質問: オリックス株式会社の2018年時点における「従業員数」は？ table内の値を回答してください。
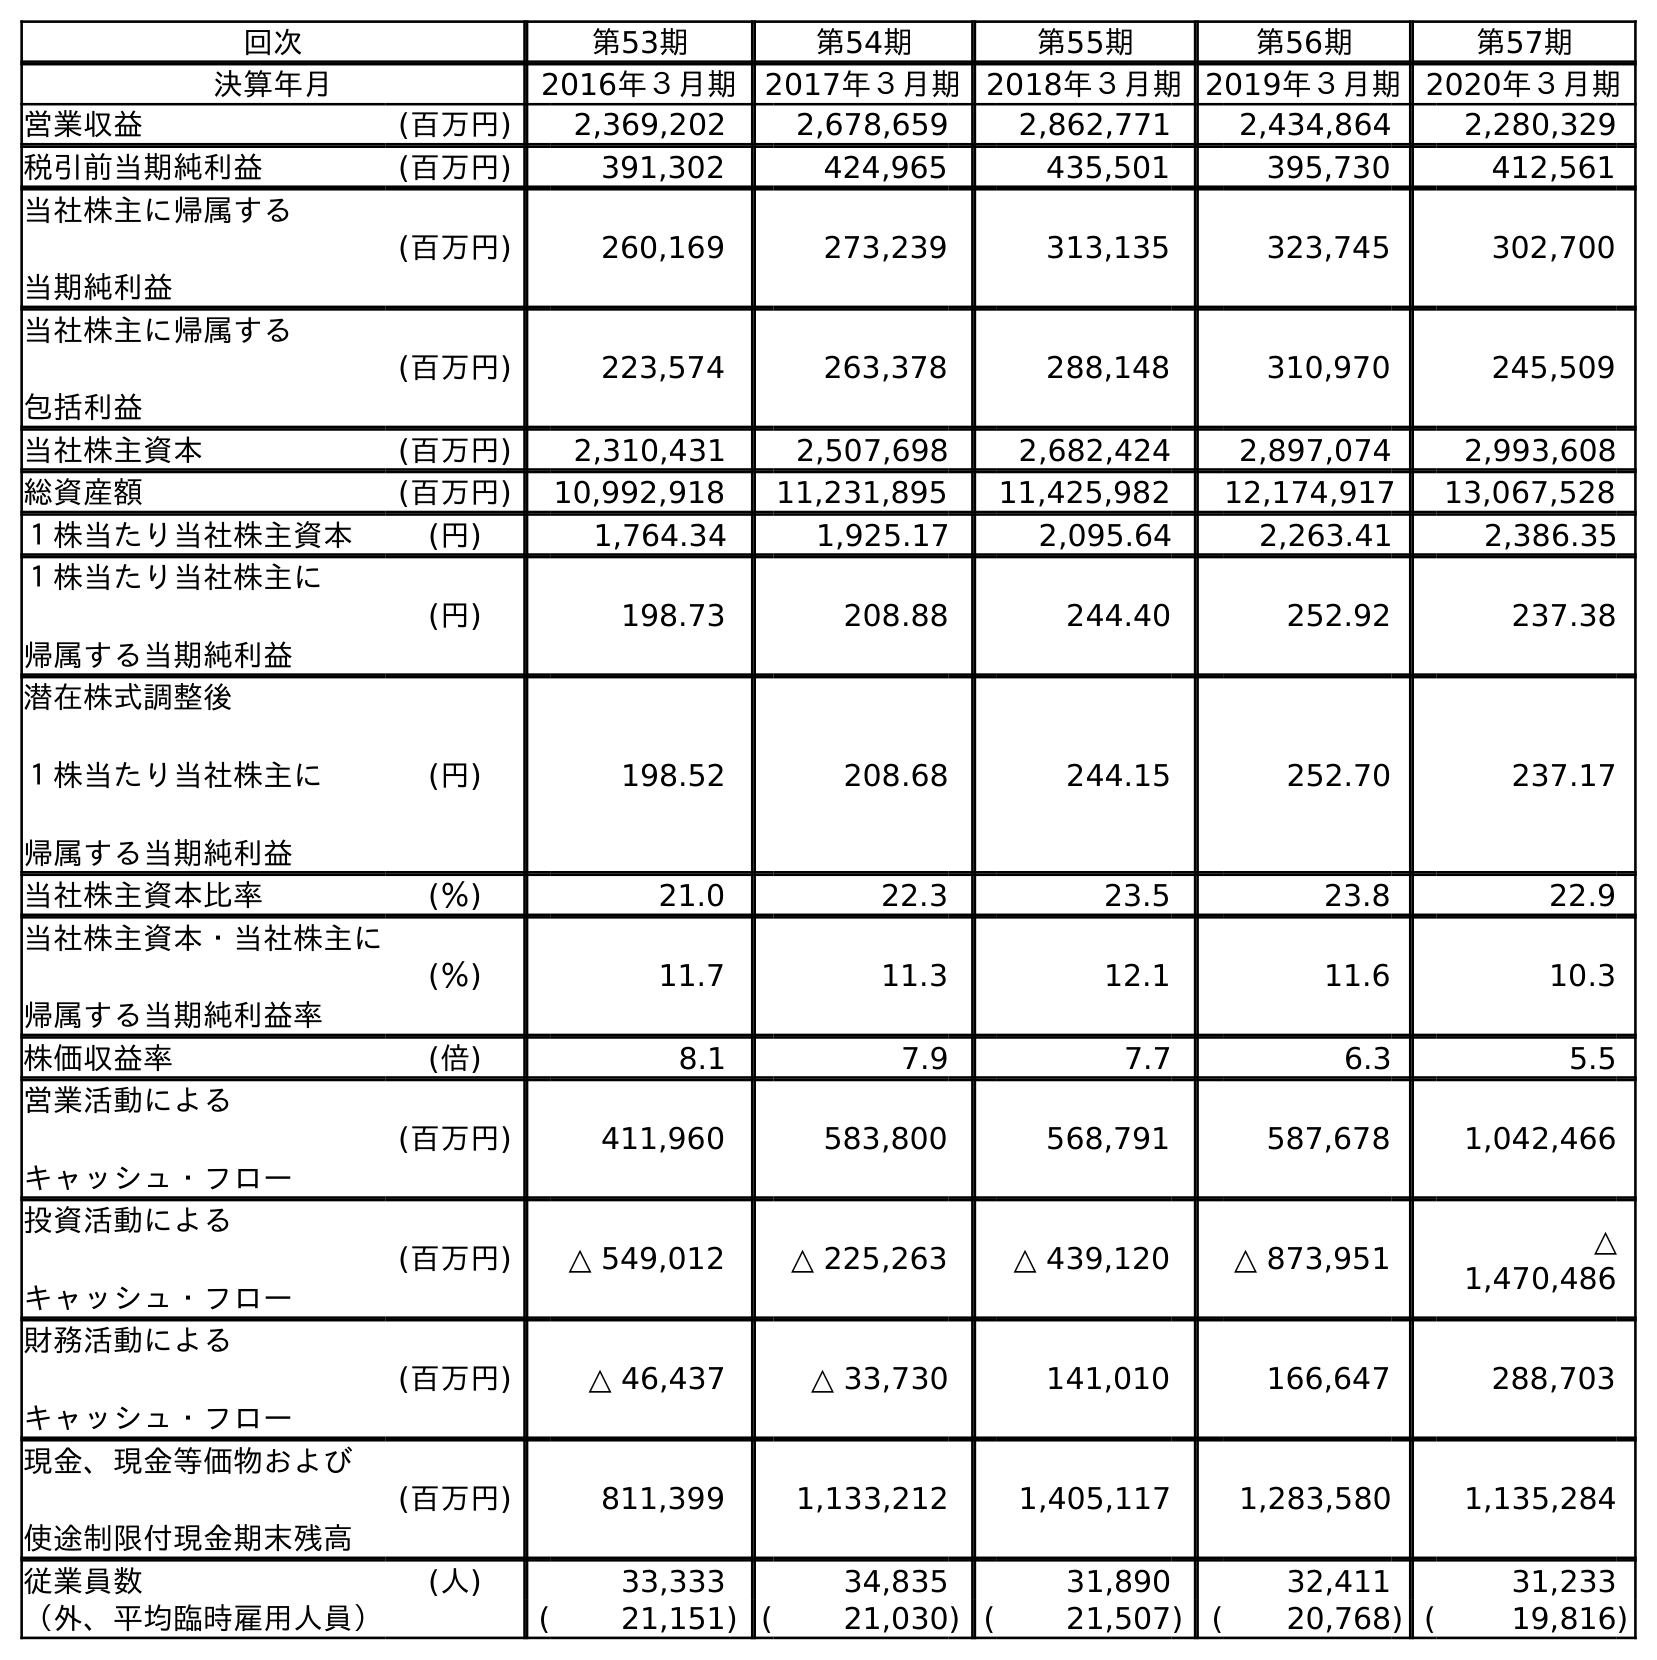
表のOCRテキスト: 回次 第53期 第54期 第55期 第56期 第57期 決算年月 2016年３月期 2017年３月期 2018年３月期2019年３月期2020年３月期 営業収益 (百万円) 2,369,202 2,678,659 2,862,771 2,434,864 2,280,329 税引前当期純利益 (百万円) 391,302 424,965 435,501 395,730 412,561 当社株主に帰属する 当期純利益 (百万円) 260,169 273,239 313,135 323,745 302,700 当社株主に帰属する 包括利益 (百万円) 223,574 263,378 288,148 310,970 245,509 当社株主資本 (百万円) 2,310,431 2,507,698 2,682,424 2,897,074 2,993,608 総資産額 (百万円) 10,992,918 11,231,895 11,425,982 12,174,917 13,067,528 １株当たり当社株主資本 (円) 1,764.34 1,925.17 2,095.64 2,263.41 2,386.35 １株当たり当社株主に 帰属する当期純利益 (円) 198.73 208.88 244.40 252.92 237.38 潜在株式調整後 １株当たり当社株主に 帰属する当期純利益 (円) 198.52 208.68 244.15 252.70 237.17 当社株主資本比率 (％) 21.0 22.3 23.5 23.8 22.9 当社株主資本・当社株主に 帰属する当期純利益率 (％) 11.7 11.3 12.1 11.6 10.3 株価収益率 (倍) 8.1 7.9 7.7 6.3 5.5 営業活動による キャッシュ・フロー (百万円) 411,960 583,800 568,791 587,678 1,042,466 投資活動による キャッシュ・フロー (百万円) △ 549,012 △ 225,263 △ 439,120 △ 873,951 △ 1,470,486 財務活動による キャッシュ・フロー (百万円) △ 46,437 △ 33,730 141,010 166,647 288,703 現金、現金等価物および 使途制限付現金期末残高 (百万円) 811,399 1,133,212 1,405,117 1,283,580 1,135,284 従業員数 (人) 33,333 34,835 31,890 32,411 31,233 （外、平均臨時雇用人員） ( 21,151) ( 21,030) ( 21,507) ( 20,768) ( 19,816)
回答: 31,890